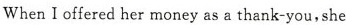
WhenI offered her money as a thank-you, she